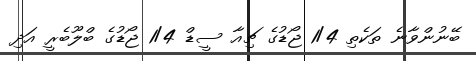
ބޭނުންވާނެ ތަކެތި 1/4 ޖޯޑުގެ ޗިއާ ސީޑް 1/4 ޖޯޑުގެ ބްލޫބެރީ އަދި